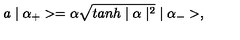
a \mid \alpha _ { + } > = \alpha \sqrt { t a n h \mid \alpha \mid ^ { 2 } } \mid \alpha _ { - } > ,